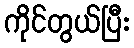
ကိုင်တွယ်ပြီး